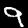
Label: 9